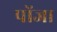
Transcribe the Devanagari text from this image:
पोंजा